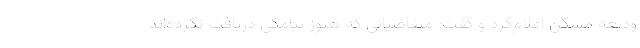
ودیعه مسکن اعلام‌کرد و گفت: متقاضیانی که هنوز پیامکی دریافت نکرده‌اند